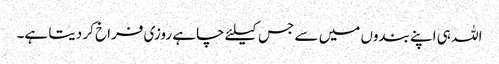
اللہ ہی اپنے بندوں میں سے جس کیلئے چاہے روزی فراخ کر دیتا ہے۔